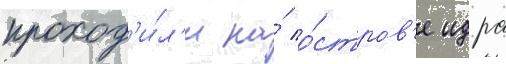
проход'и́л'и на́ о́стров'е идра